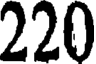
220